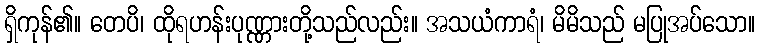
ရှိကုန်၏။ တေပိ၊ ထိုရဟန်းပုဏ္ဏားတို့သည်လည်း။ အသယံကာရံ၊ မိမိသည် မပြုအပ်သော။